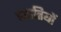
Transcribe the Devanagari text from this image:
पदातियों